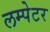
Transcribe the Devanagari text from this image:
लम्पेटर